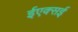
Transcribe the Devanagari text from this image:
ईएक्सई